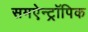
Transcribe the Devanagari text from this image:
समऐन्ट्रॉपिक